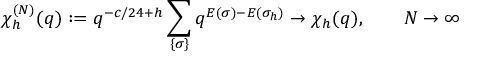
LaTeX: \chi _ { h } ^ { ( N ) } ( q ) : = q ^ { - c / 2 4 + h } \sum _ { \{ \sigma \} } q ^ { E ( \sigma ) - E ( \sigma _ { h } ) } \to \chi _ { h } ( q ) , \qquad N \to \infty